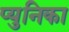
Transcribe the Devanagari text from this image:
प्युनिका